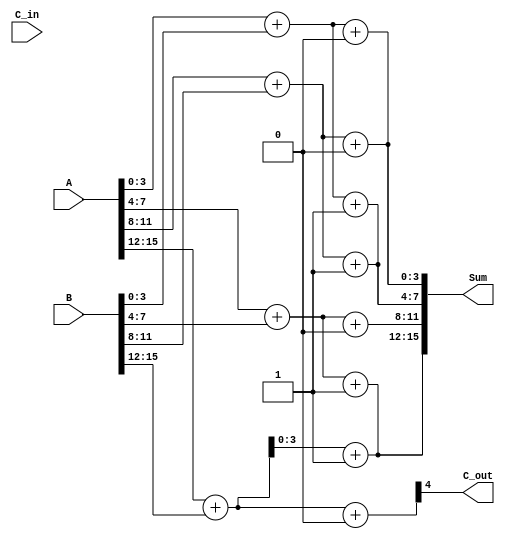
module DynamicCarrySelectAdder (
    input [15:0] A,      // First operand
    input [15:0] B,      // Second operand
    input C_in,          // Carry input
    output [15:0] Sum,   // Sum output
    output C_out         // Carry output
);

    // Internal signals for carry and sum
    wire [3:0] S0, S1, S2, S3; // Sums for each segment assuming C_in = 0 or 1
    wire [3:0] C0, C1, C2, C3; // Carry outputs for each segment
    wire C0_out, C1_out, C2_out; // Intermediate carry outputs

    // Segment 0 (A[3:0], B[3:0])
    assign {C0[0], S0} = A[3:0] + B[3:0] + 0; // C_in = 0
    assign {C0[1], S1} = A[3:0] + B[3:0] + 1; // C_in = 1

    // Segment 1 (A[7:4], B[7:4])
    assign {C1[0], S2} = A[7:4] + B[7:4] + 0; // C_in = 0
    assign {C1[1], S3} = A[7:4] + B[7:4] + 1; // C_in = 1

    // Segment 2 (A[11:8], B[11:8])
    assign {C2[0], S0} = A[11:8] + B[11:8] + 0; // C_in = 0
    assign {C2[1], S1} = A[11:8] + B[11:8] + 1; // C_in = 1

    // Segment 3 (A[15:12], B[15:12])
    assign {C3[0], S2} = A[15:12] + B[15:12] + 0; // C_in = 0
    assign {C3[1], S3} = A[15:12] + B[15:12] + 1; // C_in = 1

    // Carry select logic
    assign C0_out = C0[0] ? C1[0] : C1[1]; // Select carry based on C_in
    assign C1_out = C1[0] ? C2[0] : C2[1]; // Select carry based on C_in
    assign C2_out = C2[0] ? C3[0] : C3[1]; // Select carry based on C_in

    // Final sum and carry output
    assign Sum = {S3, S2, S1, S0}; // Concatenate all sums
    assign C_out = C3[0]; // Final carry output

endmodule